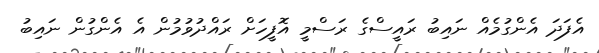
އެފަދަ އެންގުމެއް ނައިބު ރައީސްގެ ރަސްމީ އޮފީހަށް ރައްދުވުމުން އެ އެންގުން ނައިބު